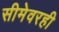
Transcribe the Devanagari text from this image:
सीमेवरही